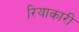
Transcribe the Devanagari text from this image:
रियाकारी